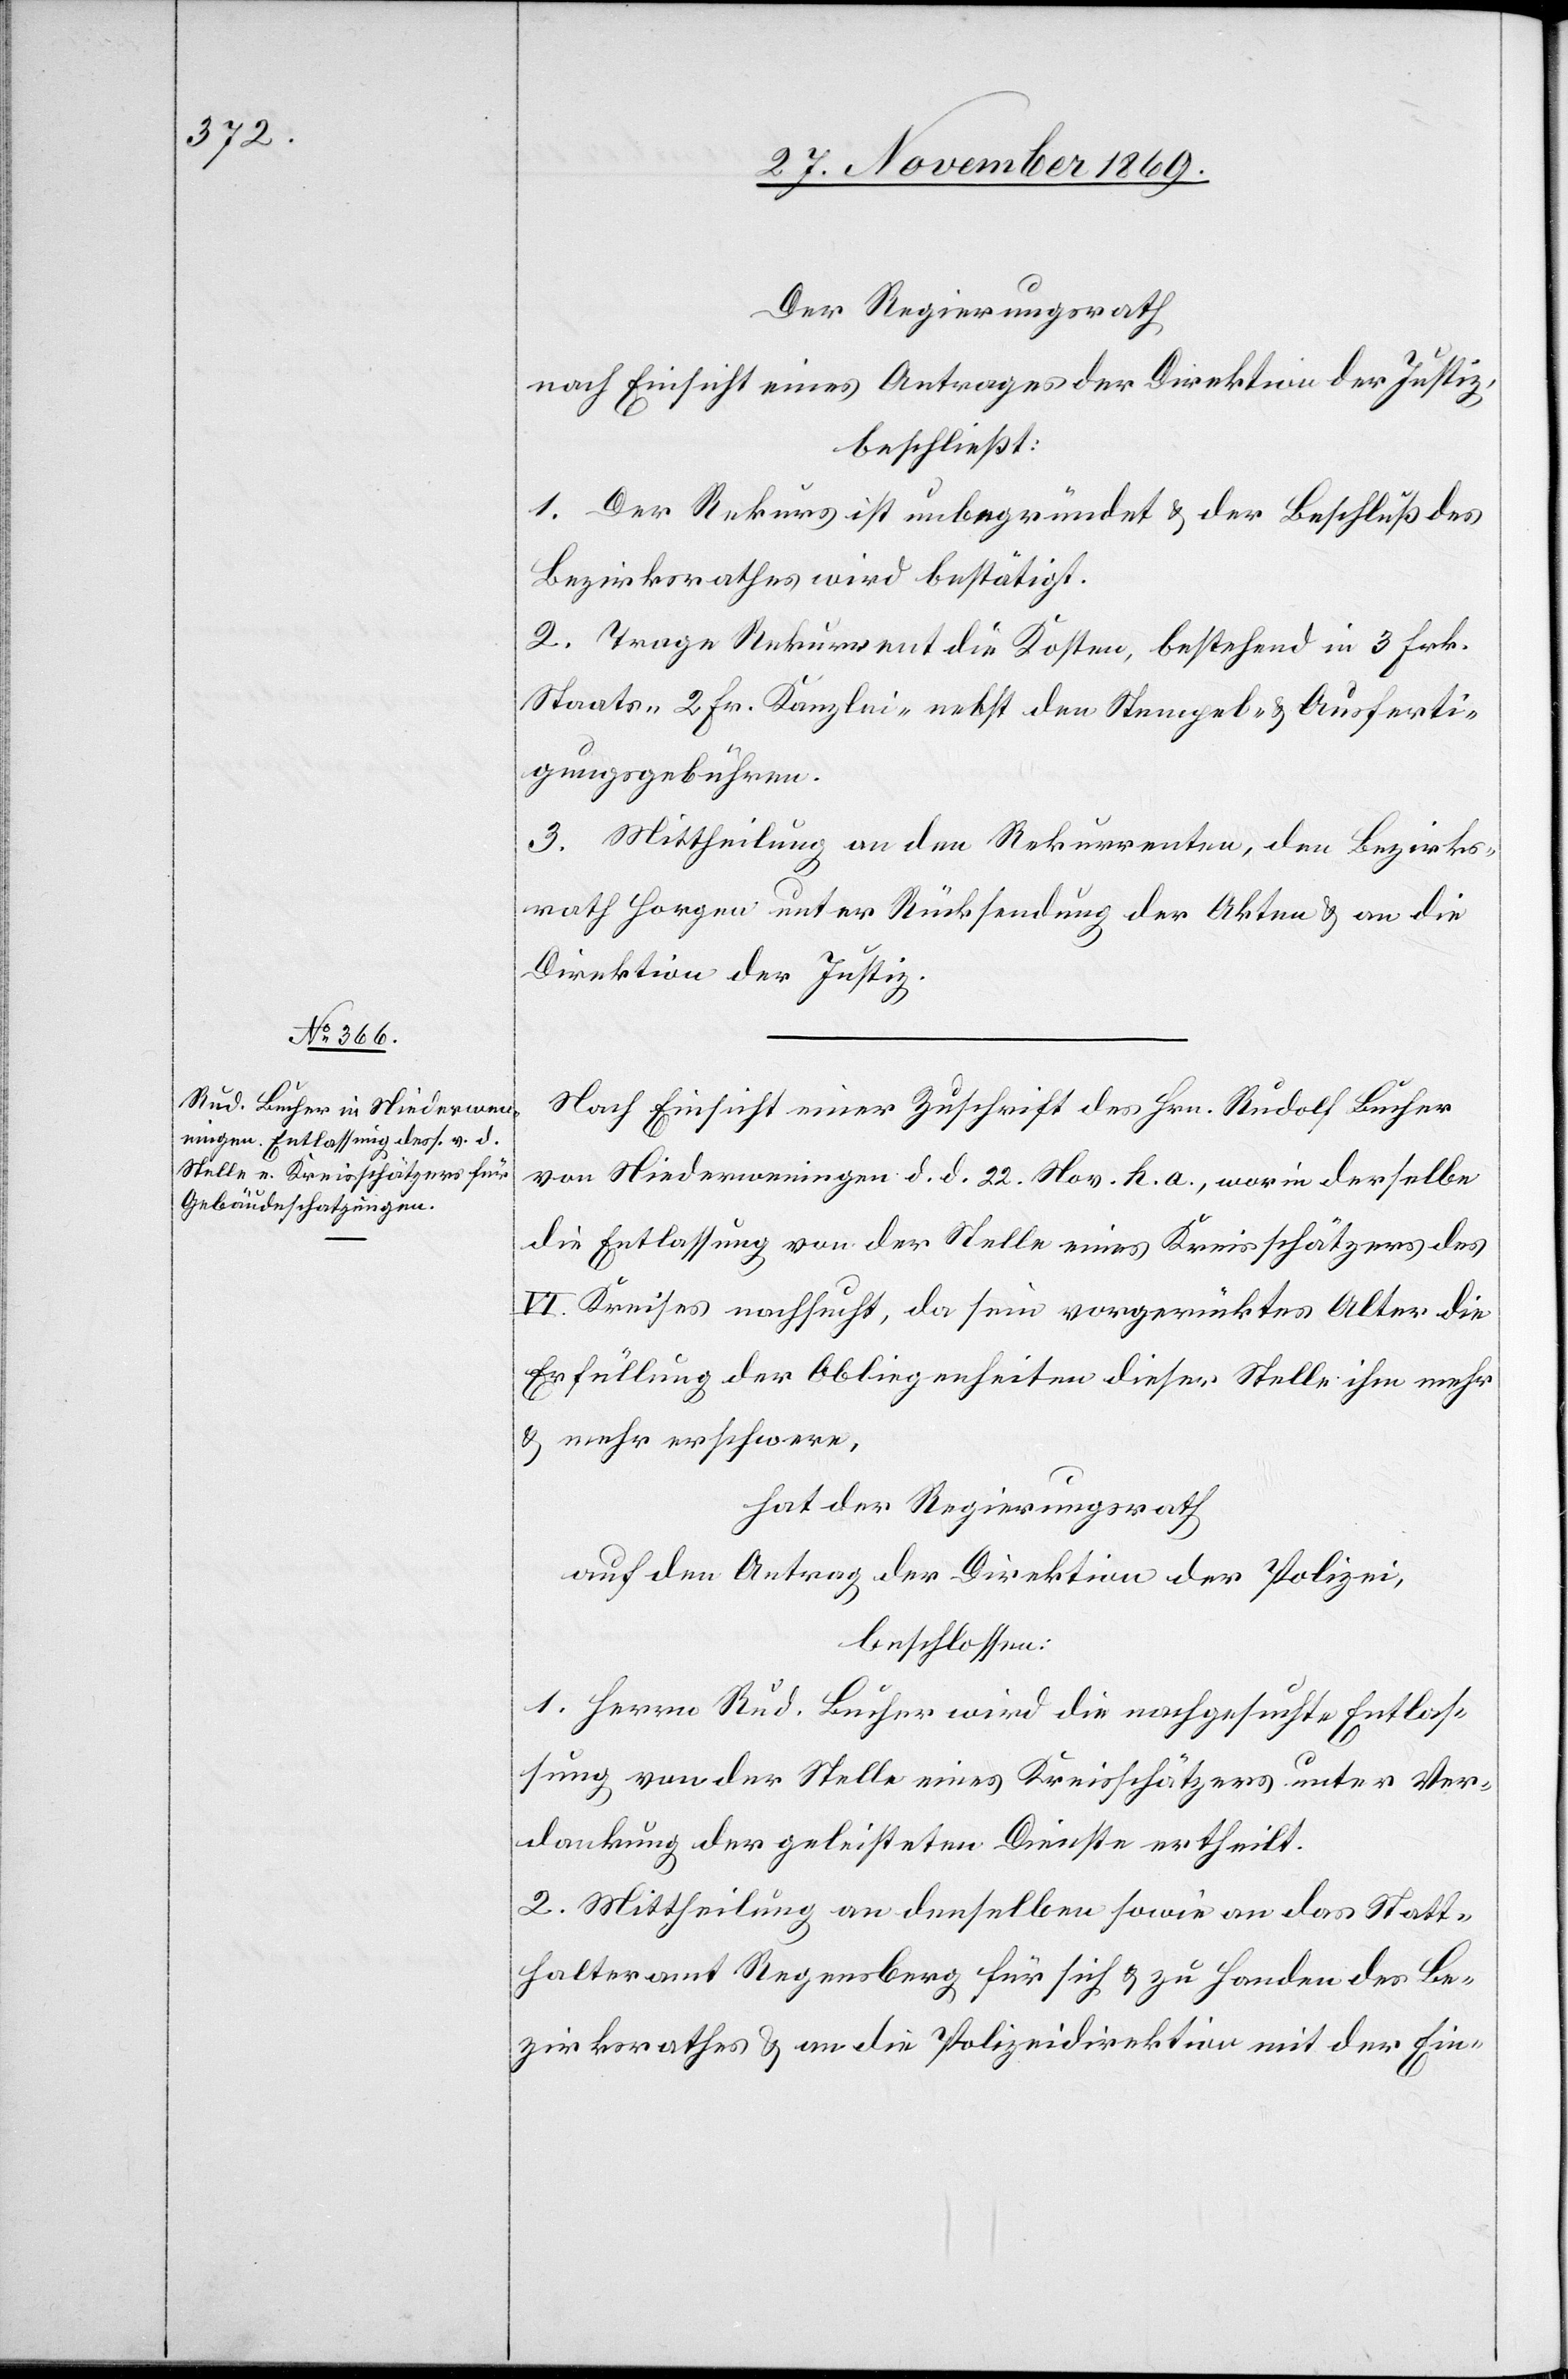
Der Regierungsrath
nach Einsicht eines Antrages der Direktion der Justiz,
beschließt:
1. Der Rekurs ist unbegründet & der Beschluß des
Bezirksrathes wird bestätigt.
2. Trage Rekurrent die Kosten, bestehend in 3 Frk.
Staats-[,] 2 Fr. Kanzlei-[,] nebst den Stempel- & Ausferti¬
gungsgebühren.
3. Mittheilung an den Rekurrenten, den Bezirks¬
rath Horgen unter Rücksendung der Akten & an die
Direktion der Justiz.
Nach Einsicht einer Zuschrift des Hrn. Rudolf Bucher
von Niederweningen d. d. 22. Nov. h. a., worin derselbe
die Entlassung von der Stelle eines Kreisschätzers des
VI. Kreises nachsucht, da sein vorgerücktes Alter die
Erfüllung der Obliegenheiten dieser Stelle ihm mehr
& mehr erschwere,
hat der Regierungsrath
auf den Antrag der Direktion der Polizei,
beschlossen:
1. Herrn Rud. Bucher wird die nachgesuchte Entlas¬
sung von der Stelle eines Kreisschätzers unter Ver¬
dankung der geleisteten Dienste ertheilt.
2. Mittheilung an denselben sowie an das Statt¬
halteramt Regensberg für sich & zu Handen des Be¬
zirksrathes & an die Polizeidirektion mit der Ein-